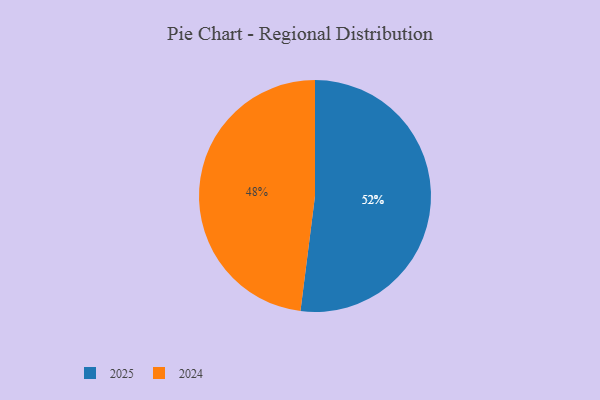
{"axis": {"x": "Category", "y": "Percentage"}, "legend": ["2024", "2025"], "data": [{"x": "2024", "y": 48, "type": "2024"}, {"x": "2025", "y": 52, "type": "2025"}]}